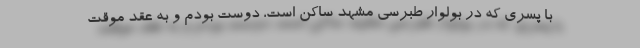
با پسری که در بولوار طبرسی مشهد ساکن است، دوست بودم و به عقد موقت